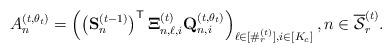
LaTeX: \begin{align*} A_n^{(t,\theta_t)}=\left(\left(\mathbf{S}_n^{(t-1)}\right)^{\mathsf{T}}\mathbf{\Xi}_{n,\ell,i}^{(t)}\mathbf{Q}_{n,i}^{(t,\theta_t)}\right)_{\ell\in[\#_r^{(t)}],i\in[K_c]}, n\in\overline{\mathcal{S}}_r^{(t)}. \end{align*}